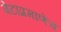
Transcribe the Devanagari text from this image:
बेटांप्रमाणेच